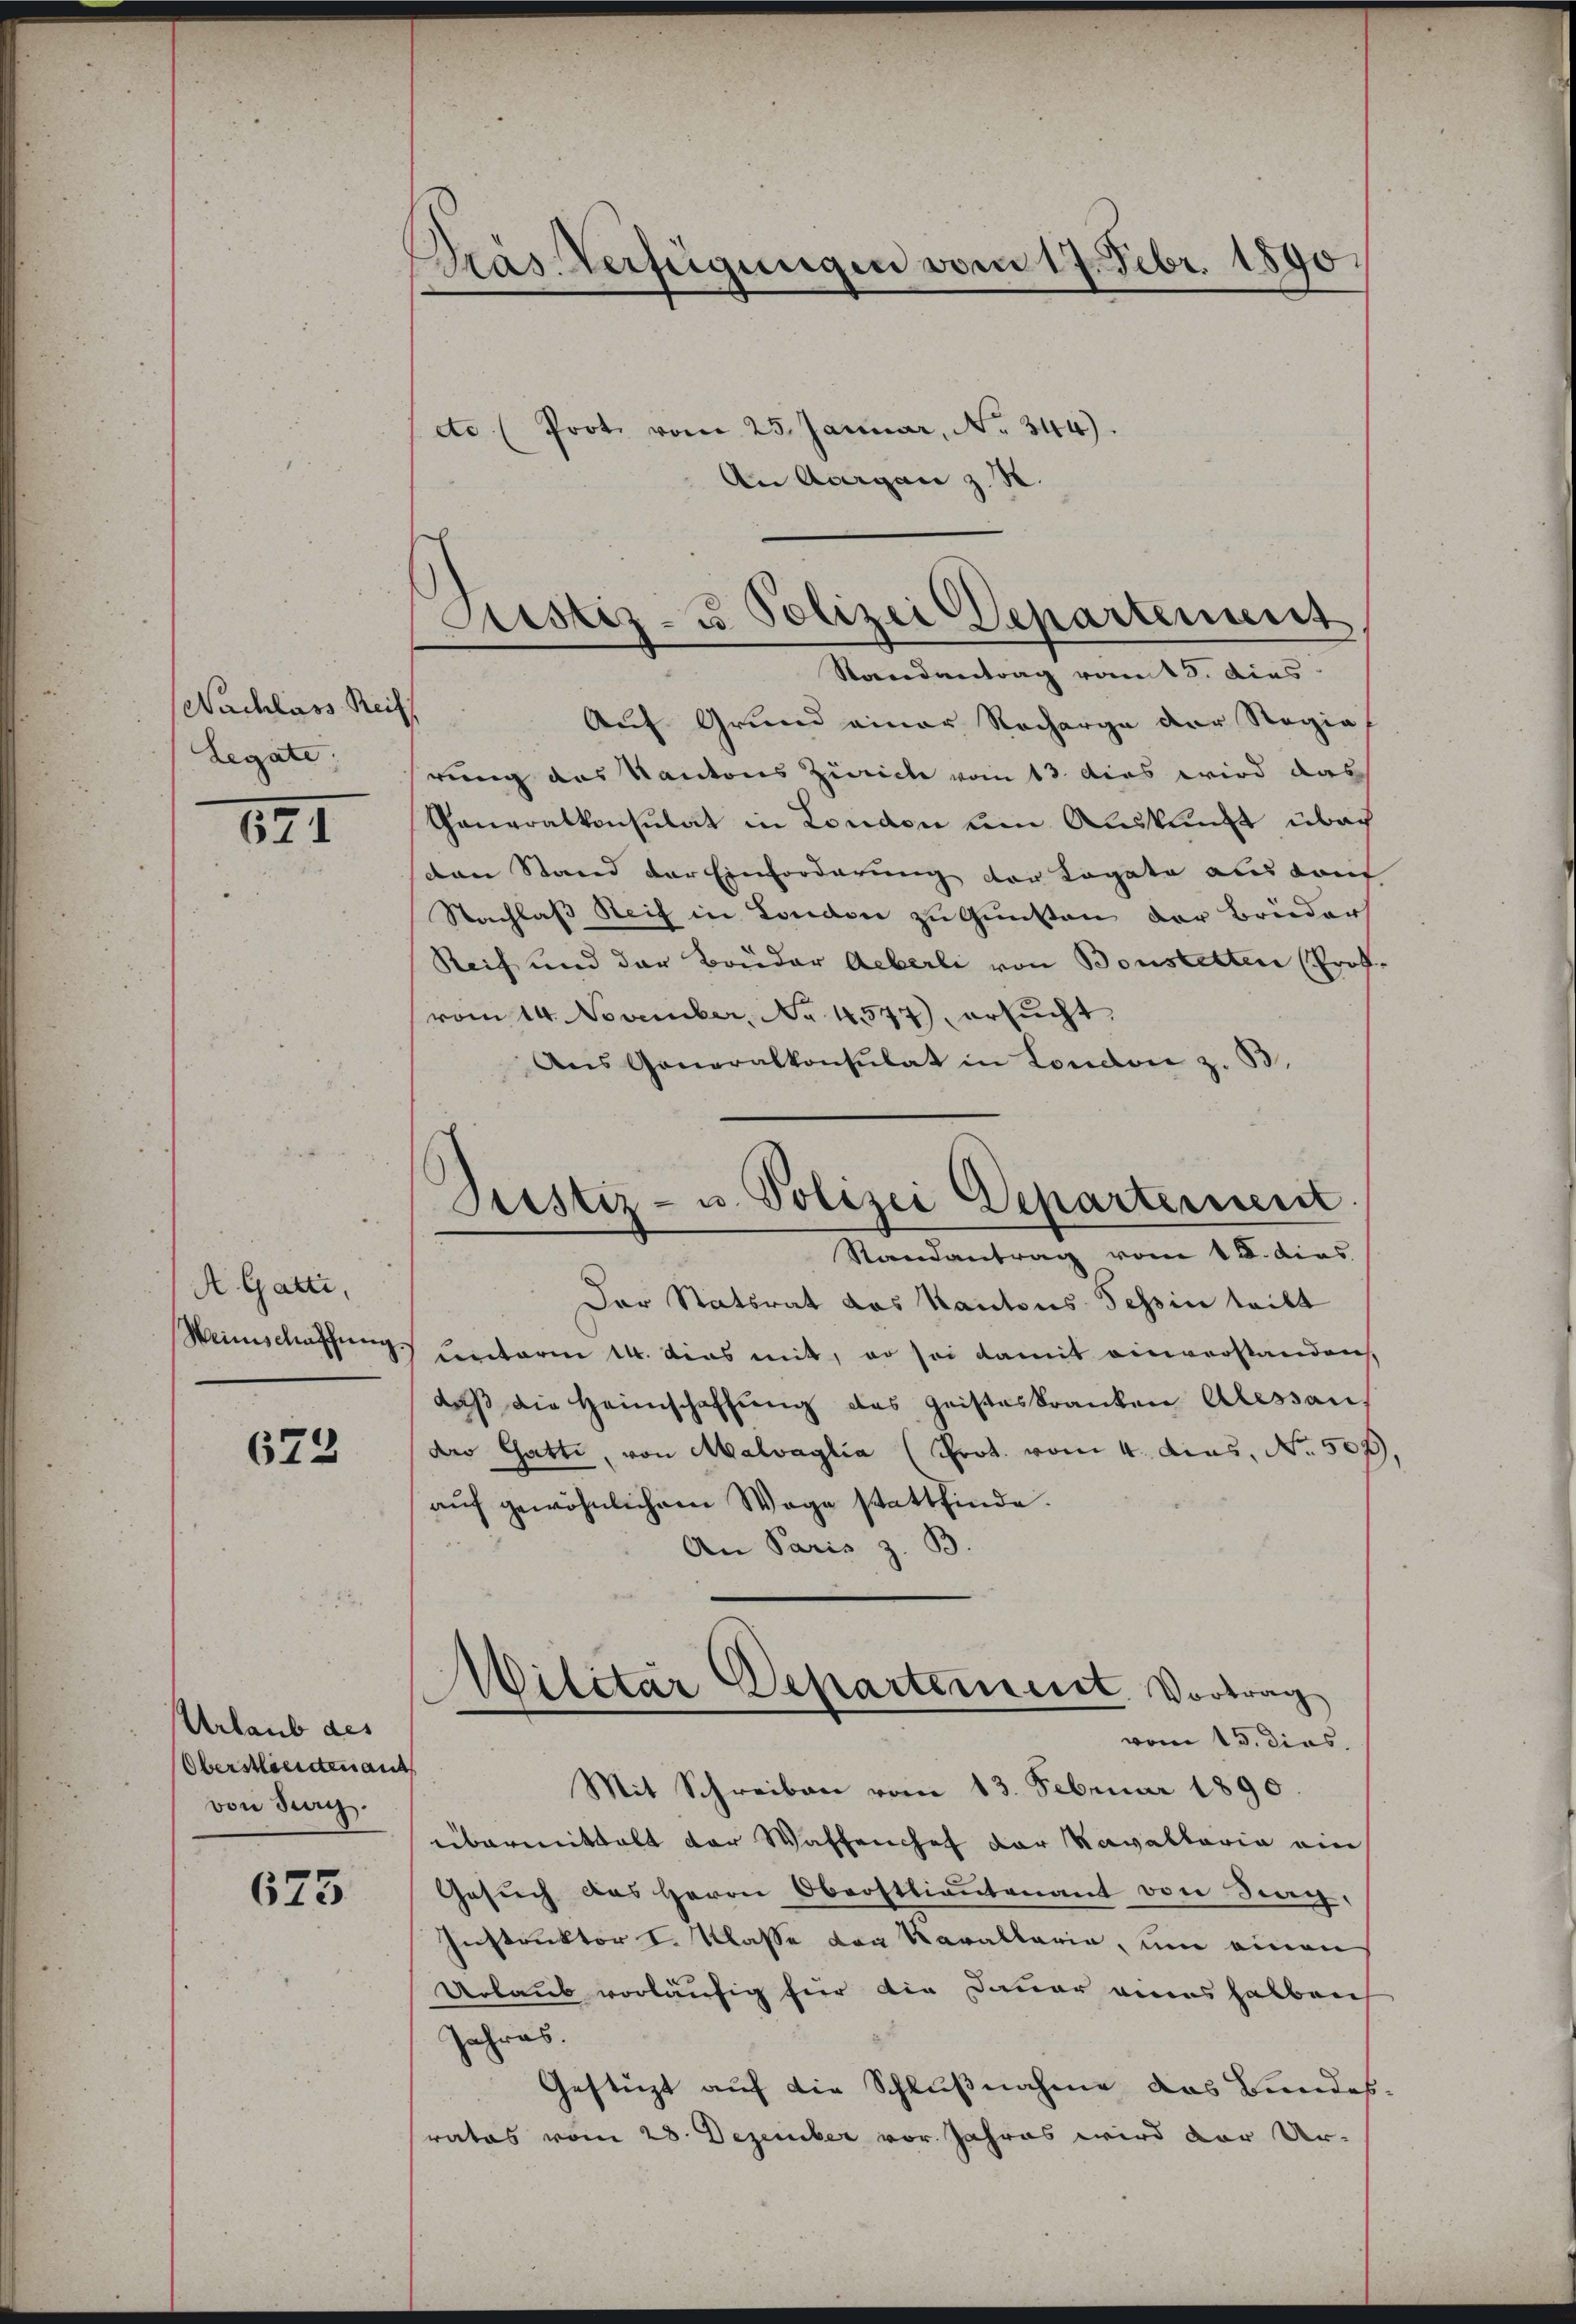
Nachlass Reif
Legate,

191

A Gatti,
Weinschaffung

673

Urlaub des
Oberstlieuten auf
von Seeg

675

Pras. Verfügungen vom 17. Febr. 1890.

etc. (Prot. vom 23. Januar, No. 344).
An Aargau z. B.
rung des Kantons Zürich vom 13. dies wird das
Generalkonsulat in London um Auskunft über
don Stand der Einforderung der Kopata aus deut
Nachlass Reif in London zu Gunsten der Bruders
Reif und der Bruder Aeberli von Bonstetten (Prot.
vom 14. November, No. 4547), ersucht,
Ans Generalkonsulat in London z. B.
Der Statsrat das Kantons Tessin teilt
unterm 14. dies mit, er sei damit einverstanden.
daß die Heimschaffung das Geisteskranken Alessau,
der Gatte, von Malvaglia (Prot. vom 4. das, No. 507),
aŭf gewöhnlichem Wege stattfinde.
An Paris z. B.
Wilitar Departement. Vortrag
vom 15. dies.
Mit Schreiben vom 13. Februar 1890.
übermittalt der Waffenchef der Kavaltaria ein
Gesuch des Herrn Oberstlieutenant von Sieg
Instruktor I. Klasse von Karallaria, um einen
Urlaub vorläufig für die Dauer aus halben
Jahres.
Gestüzt auf die Schlußnahme das Bundesrates vom 28. Dezember vor Jahres wird der Ur-

Justiz- u. Polizei Departement
Rondantrag vom 13. dies
Auf Grund einer Recharge der Regie

Justiz- u. Polizei Departement
Randantrag vom 15. dies